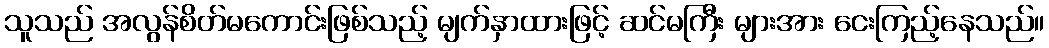
သူသည် အလွန်စိတ်မကောင်းဖြစ်သည့် မျက်နှာထားဖြင့် ဆင်မကြီး များအား ငေးကြည့်နေသည်။